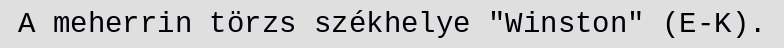
A meherrin törzs székhelye "Winston" (E-K).